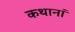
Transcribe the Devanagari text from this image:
कथानां